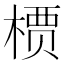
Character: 槚